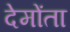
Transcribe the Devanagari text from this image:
देमोंता